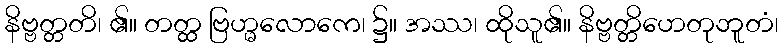
နိဗ္ဗတ္တတိ၊ ၏။ တတ္ထ ဗြဟ္မလောကေ၊ ၌။ အဿ၊ ထိုသူ၏။ နိဗ္ဗတ္တိဟေတုဘူတံ၊